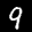
Label: 9